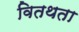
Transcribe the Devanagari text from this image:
वितथता